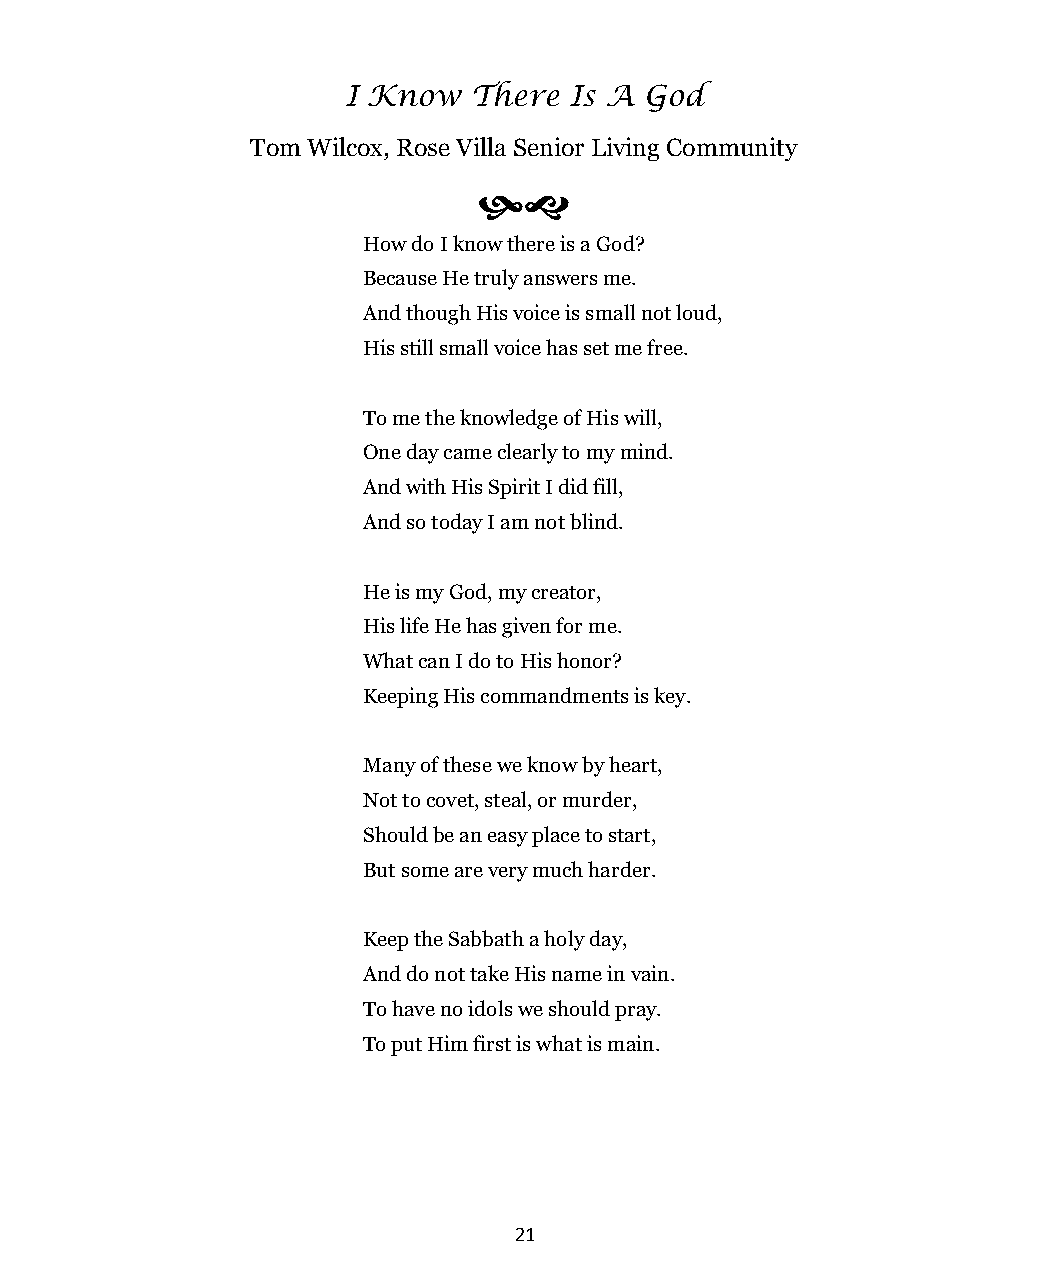
I Know  There  Is A God
 Tom Wilcox, Rose Villa Senior Living Community
 
 How do I know there is a God?
 Because He truly answers me.
 And though His voice is small not loud,
 His still small voice has set me free.
 To me the knowledge of His will,
 One day came clearly to my mind.
 And with His Spirit I did fill,
 And so today I am not blind.
 He is my God, my creator,
 His life He has given for me.
 What can I do to His honor?
 Keeping His commandments is key.
 Many of these we know by heart,
 Not to covet, steal, or murder,
 Should be an easy place to start,
 But some are very much harder.
 Keep the Sabbath a holy day,
 And do not take His name in vain.
 To have no idols we should pray.
 To put Him first is what is main.
 21